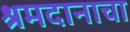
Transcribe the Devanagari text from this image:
श्रमदानाचा